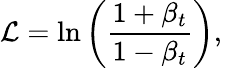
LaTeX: {\cal L}=\ln\left(\frac{1+\beta_{t}}{1-\beta_{t}}\right),\quad